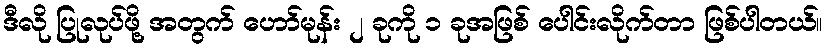
ဒီလို ပြုလုပ်ဖို့ အတွက် ဟော်မုန်း ၂ ခုကို ၁ ခုအဖြစ် ပေါင်းလိုက်တာ ဖြစ်ပါတယ်။